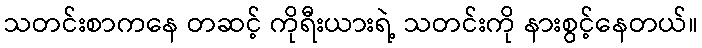
သတင်းစာကနေ တဆင့် ကိုရီးယားရဲ့ သတင်းကို နားစွင့်နေတယ်။